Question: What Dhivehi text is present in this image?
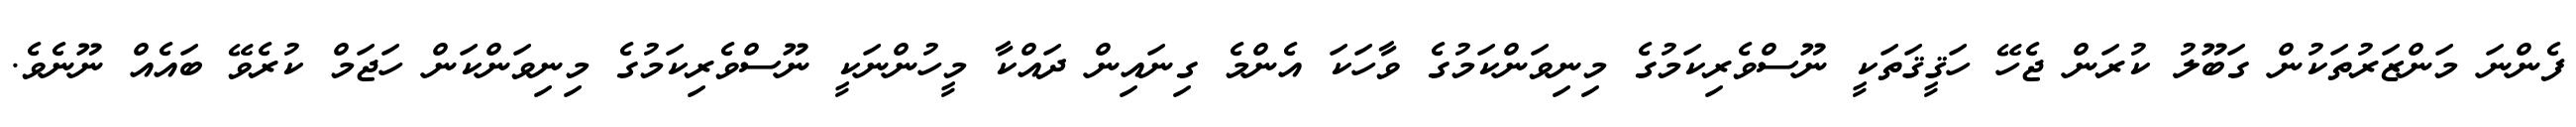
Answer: ފެންނަ މަންޒަރުތަކުން ގަބޫލު ކުރަން ޖެހޭ ހަޤީޤަތަކީ ނޫސްވެރިކަމުގެ މިނިވަންކަމުގެ ވާހަކަ އެންމެ ގިނައިން ދައްކާ މީހުންނަކީ ނޫސްވެރިކަމުގެ މިނިވަންކަން ހަޖަމް ކުރެވޭ ބައެއް ނޫނެވެ.